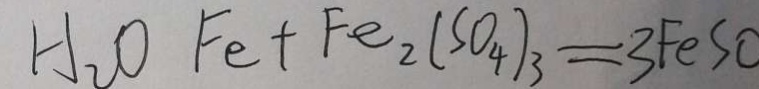
H _ { 2 } O F e + F e _ { 2 } ( S O _ { 4 } ) _ { 3 } = 3 F e S O